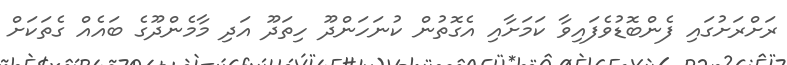
ރަށްރަށުގައި ފެންބޮޑުވެފައިވާ ކަމަށާއި އެގޮތުން ކުނަހަންދޫ ހިތަދޫ އަދި މާމެންދޫގެ ބައެއް ގެތަކަށް